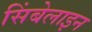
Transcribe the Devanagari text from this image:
सिंबेलाइन